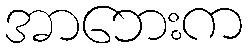
အာဘေးက